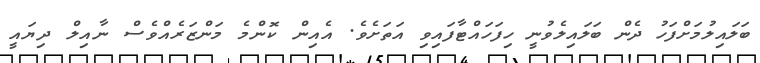
ބަލައިލުމަށްފަހު ދެން ބަލައިލެވުނީ ހިފަހައްޓާފައިވި އަތަށެވެ. އެއިން ކޮންމެ މަންޒަރެއްވެސް ނާއިލް ދިޔައީ